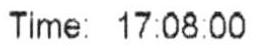
TIME: 17:08:00